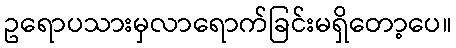
ဥရောပသားမှလာရောက်ခြင်းမရှိတော့ပေ။